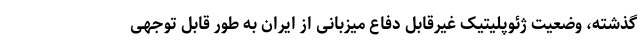
گذشته، وضعیت ژئوپلیتیک غیرقابل دفاع میزبانی از ایران به طور قابل توجهی